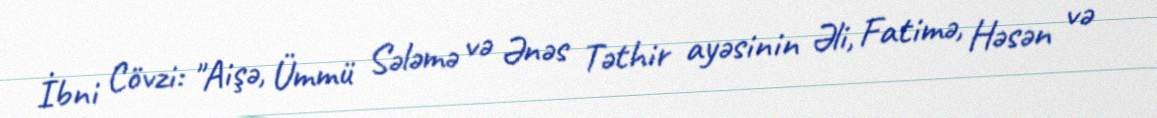
İbni Cövzi: "Aişə, Ümmü Sələmə və Ənəs Təthir ayəsinin Əli, Fatimə, Həsən və